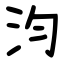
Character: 汮